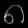
Digit: ၈